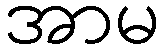
အာမ